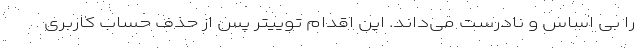
را بی اساس و نادرست می‌داند. این اقدام توییتر پس از حذف حساب کاربری